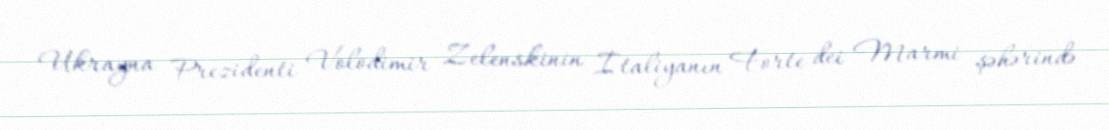
Ukrayna Prezidenti Volodimir Zelenskinin İtaliyanın Forte dei Marmi şəhərində